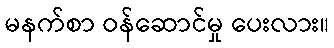
မနက်စာ ဝန်ဆောင်မှု ပေးလား။